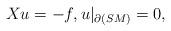
LaTeX: \begin{align*}Xu=-f , u|_{\partial(SM)} = 0,\end{align*}